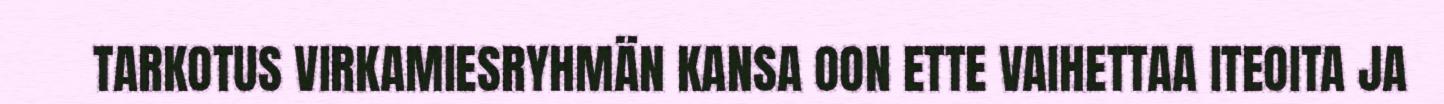
TARKOTUS VIRKAMIESRYHMÄN KANSA OON ETTE VAIHETTAA ITEOITA JA